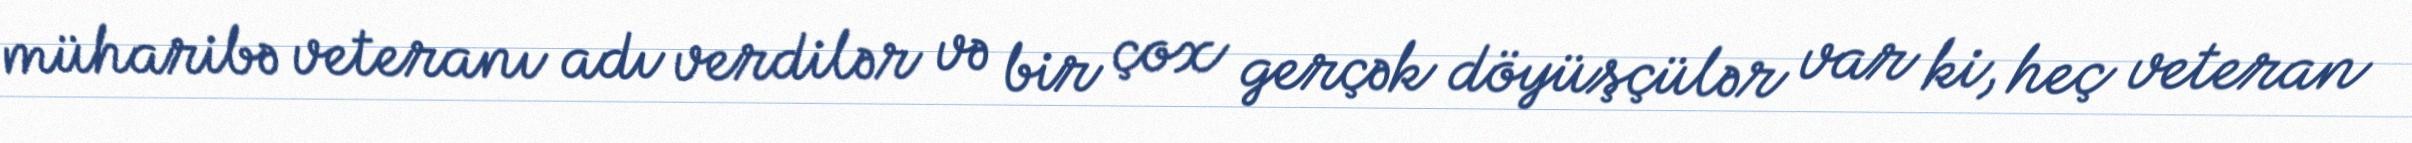
müharibə veteranı adı verdilər və bir çox gerçək döyüşçülər var ki, heç veteran